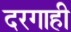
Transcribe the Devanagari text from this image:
दरगाही